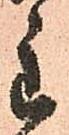
主